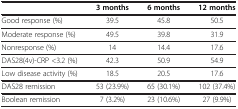
<table><thead><tr><td><b> </b></td><td><b>3 months</b></td><td><b>6 months</b></td><td><b>12 months</b></td></tr></thead><tbody><tr><td>Good response (%)</td><td>39.5</td><td>45.8</td><td>50.5</td></tr><tr><td>Moderate response (%)</td><td>49.5</td><td>39.8</td><td>31.9</td></tr><tr><td>Nonresponse (%)</td><td>14</td><td>14.4</td><td>17.6</td></tr><tr><td>DAS28(4v)-CRP &lt;3.2 (%)</td><td>42.3</td><td>50.9</td><td>54.9</td></tr><tr><td>Low disease activity (%)</td><td>18.5</td><td>20.5</td><td>17.6</td></tr><tr><td>DAS28 remission</td><td>53 (23.9%)</td><td>65 (30.1%)</td><td>102 (37.4%)</td></tr><tr><td>Boolean remission</td><td>7 (3.2%)</td><td>23 (10.6%)</td><td>27 (9.9%)</td></tr></tbody></table>